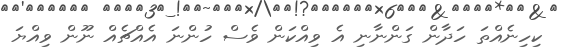
ކިހިނެއްތަ ހަދާން ގަންނާނި އެ ވިއްކަން ވެސް ހުންނަ އެއްޗެއް ނޫން ވިއްޔަ